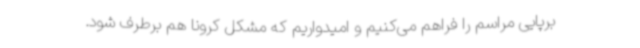
برپایی مراسم را فراهم می‌کنیم و امیدواریم که مشکل کرونا هم برطرف شود.